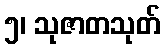
၅၊ သုဇာတသုတ်